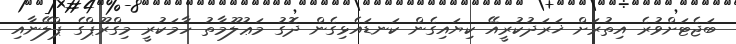
ބަޖެޓަށްވުރެ އިތުރަށް ޚަރަދުކުރީއޭ ކިޔައިގެން ކަނޑައެޅިގެން ދޮގު މަޢުލޫމާތު ހާމަކުރީ މިގްރޫޕްގެ ޕްލޭނާއި